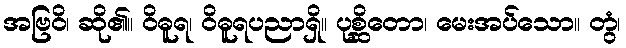
အဗြဝိ၊ ဆို၏။ ဝိဓူရ၊ ဝိဓူရပညာရှိ။ ပုစ္ဆိတော၊ မေးအပ်သော။ တွံ၊